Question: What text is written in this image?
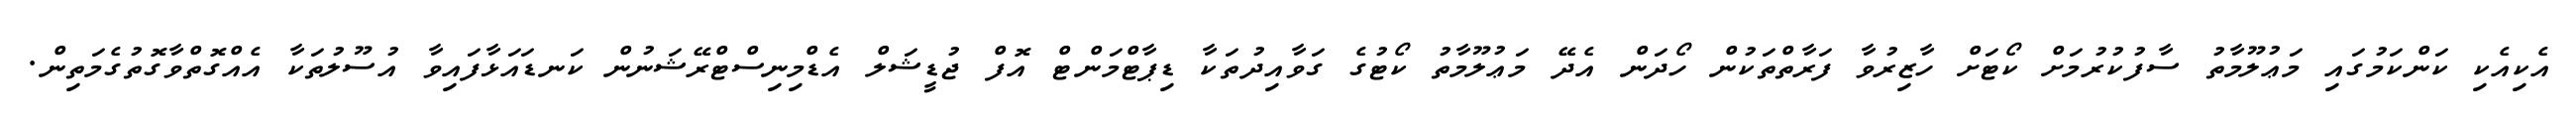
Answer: އެކިއެކި ކަންކަމުގައި މަޢުލޫމާތު ސާފުކުރުމަށް ކޯޓަށް ހާޒިރުވާ ފަރާތްތަކުން ހޯދަން އެދޭ މަޢުލޫމާތު ކޯޓުގެ ގަވާއިދުތަކާ ޑިޕާޓްމަންޓް އޮފް ޖުޑީޝަލް އެޑްމިނިސްޓްރޭޝަނުން ކަނޑައަޅާފައިވާ އުސޫލުތަކާ އެއްގޮތްވާގޮތުގެމަތިން.